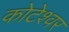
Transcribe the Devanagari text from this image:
कोटेश्‍वर